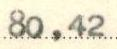
80,42